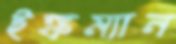
ইঙ্কম্যান